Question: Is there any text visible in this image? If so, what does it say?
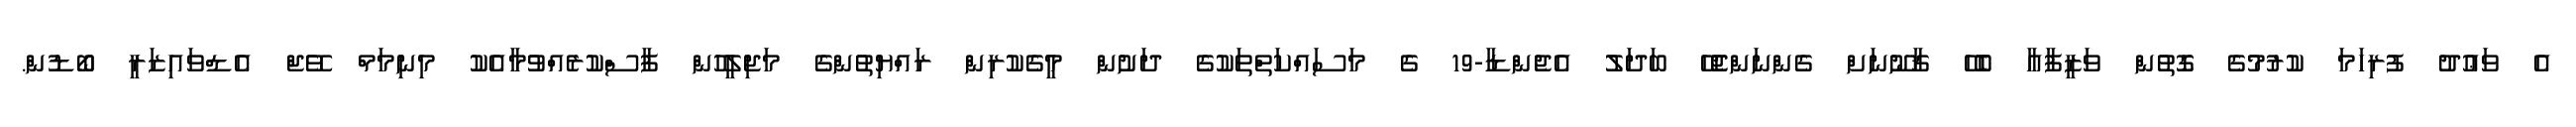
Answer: އެ ވަޢުދު ފުރިހަމަ ކުރުމުގެ ގޮތުން ވަޒީފާއާ ބެހޭ ޤާނޫނަށް ގެންނަންޖެހޭ ބަދަލު އެޖެންޑާ-19 ގެ މަސައްކަތްތަކުގެ ދަށުން މީގެކުރިން ރައްޔިތުންގެ މަޖިލީހުން ފާސްކުރެއްވުމާއެކު މިނިމަމް ވޭޖް އެޑްވައިޒަރީ ބޯޑުން.